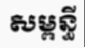
សម្ពន្ធី